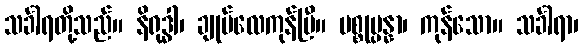
သင်္ခါရတို့သည်။ နိရုဒ္ဓါ၊ ချုပ်လေကုန်ပြီ။ ပစ္စုပ္ပန္နာ၊ ကုန်သော။ သင်္ခါရာ၊